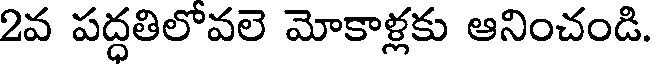
2వ పద్దతిలోవలె మోకాళ్లకు ఆనించండి.